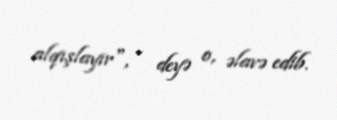
alqışlayır", - deyə o, əlavə edib.